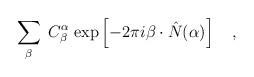
LaTeX: \begin{align*}\sum_{\beta}\;C^{\alpha}_{\beta}\;{\rm exp}\left[-2\pi i\beta \cdot \hat{N}(\alpha )\right]\quad ,\end{align*}